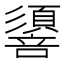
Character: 𢒷